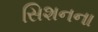
સિશનના